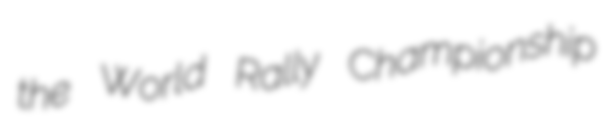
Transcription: the World Rally Championship